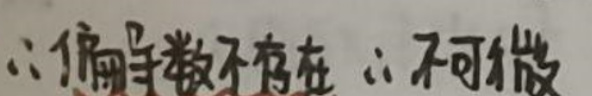
\(\therefore\)偏导数不存在\(\therefore\)不可微